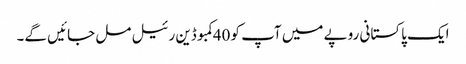
ایک پاکستانی روپے میں آپ کو 40کمبوڈین رئیل مل جائیں گے۔